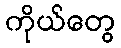
ကိုယ်တွေ